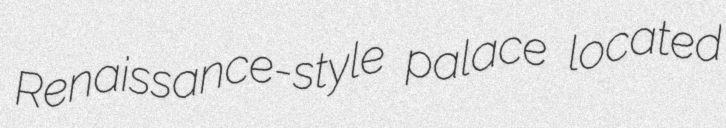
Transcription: Renaissance-style palace located